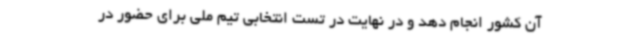
آن کشور انجام دهد و در نهایت در تست انتخابی تیم ملی برای حضور در